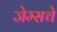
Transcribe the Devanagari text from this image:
जेम्सचे